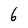
Character: 6